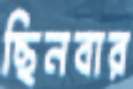
ছিনবার